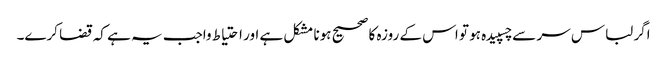
اگر لباس سر سے چسپیدہ ہو تو اس کے روزہ کا صحیح ہونا مشکل ہے اور احتیاط واجب یہ ہے کہ قضا کرے۔